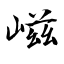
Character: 嵫